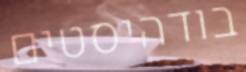
בודהיסטים